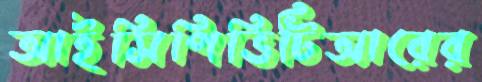
আইসিপিভিটিআরের